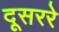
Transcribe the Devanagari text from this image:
दूसररे